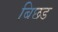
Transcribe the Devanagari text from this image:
बिछड